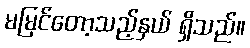
မမြင်တော့သည့်နှယ် ရှိသည်။